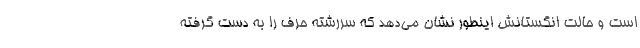
است و حالت انگستانش اینطور نشان می‌دهد که سررشته حرف را به دست گرفته